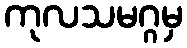
ကုလသမဂ္ဂမှ